Civil Veterinary Dept. Bombay admin report 1907-1913 - 1907-1913
Year: 1907
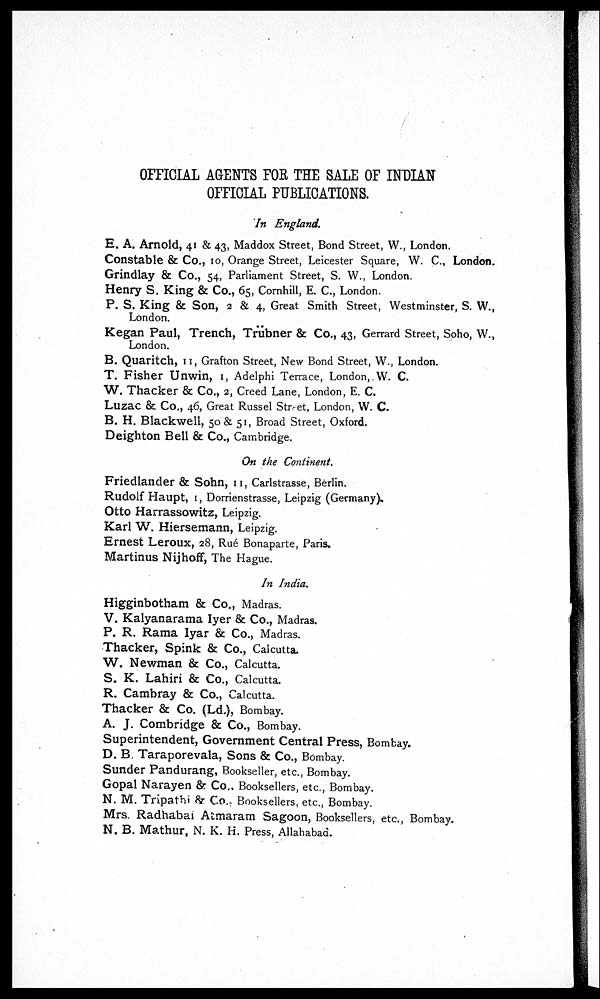
OFFICIAL AGENTS FOR THE SALE OF INDIAN
OFFICIAL PUBLICATIONS.
In England.
E. A. Arnold, 41 & 43, Maddox Street, Bond Street, W., London.
Constable & Co., 10, Orange Street, Leicester Square, W. C., London.
Grindlay & Co., 54, Parliament Street, S. W., London.
Henry S. King & Co., 65, Cornhill, E. C., London.
P. S. King & Son, 2 & 4, Great Smith Street, Westminster, S. W.,
London.
Kegan Paul, Trench, Trübner & Co., 43, Gerrard Street, Soho, W.,
London.
B. Quaritch, 11, Grafton Street, New Bond Street, W., London.
T. Fisher Unwin, 1, Adelphi Terrace, London, W. C.
W. Thacker & Co., 2, Creed Lane, London, E. C.
Luzac & Co., 46, Great Russel Street, London, W. C.
B. H. Blackwell, 50 & 51, Broad Street, Oxford.
Deighton Bell & Co., Cambridge.
On the Continent.
Friedlander & Sohn, 11, Carlstrasse, Berlin.
Rudolf Haupt, 1, Dorrienstrasse, Leipzig (Germany).
Otto Harrassowitz, Leipzig.
Karl W. Hiersemann, Leipzig.
Ernest Leroux, 28, Rué Bonaparte, Paris.
Martinus Nijhoff, The Hague.
In India.
Higginbotham & Co., Madras.
V. Kalyanarama Iyer & Co., Madras.
P. R. Rama Iyar & Co., Madras.
Thacker, Spink & Co., Calcutta.
W. Newman & Co., Calcutta.
S. K. Lahiri & Co., Calcutta.
R. Cambray & Co., Calcutta.
Thacker 8c Co. (Ld.), Bombay.
A. J. Combridge & Co., Bombay.
Superintendent, Government Central Press, Bombay.
D. B. Taraporevala, Sons & Co., Bombay.
Sunder Pandurang, Bookseller, etc., Bombay.
Gopal Narayen & Co., Booksellers, etc., Bombay.
N. M. Tripathi & Co., Booksellers, etc., Bombay.
Mrs. Radhabai Atmaram Sagoon, Booksellers, etc., Bombay.
N. B. Mathur, N. K. H. Press, Allahabad.